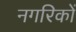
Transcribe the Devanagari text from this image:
नगरिकों